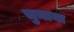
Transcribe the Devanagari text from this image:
चुनाया